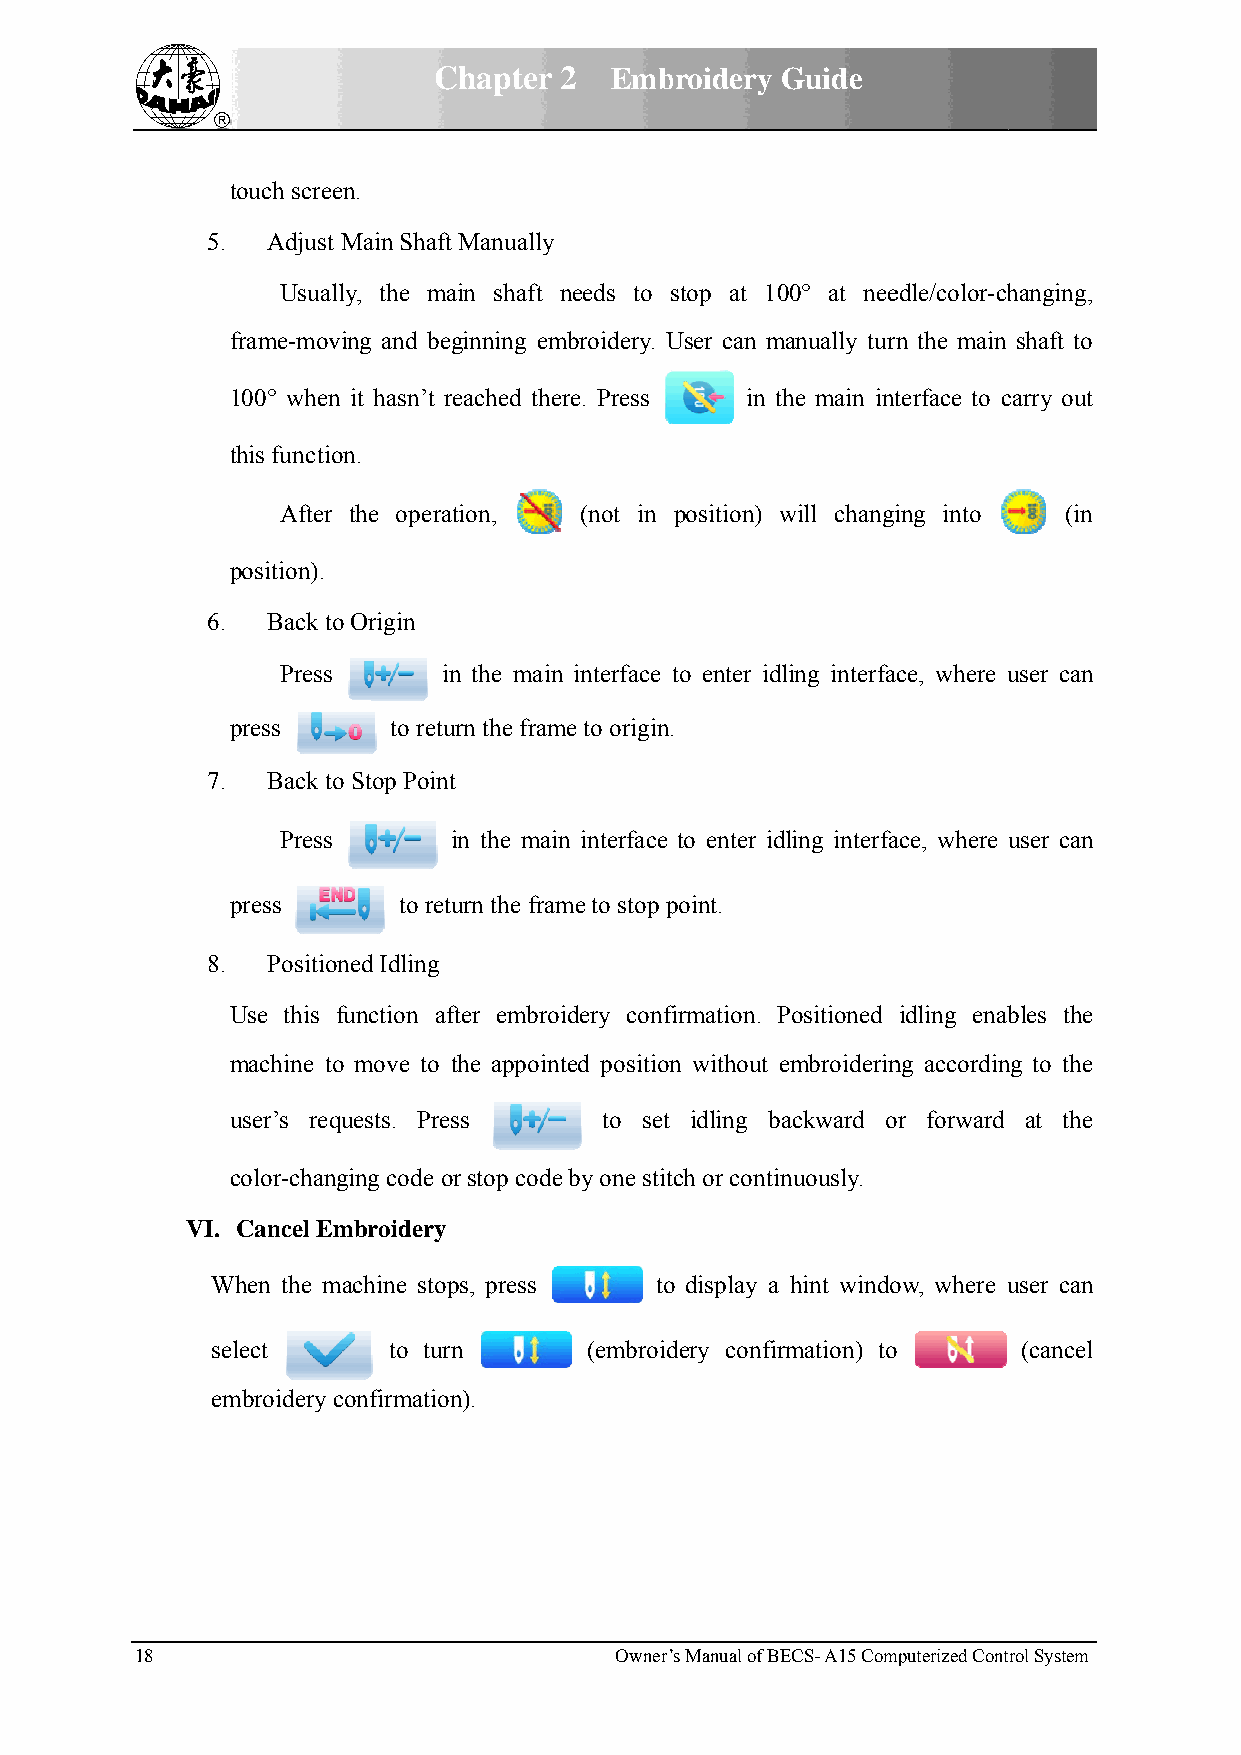
CChapter 2 Embbroidery GGuide
 touch screeen.
 5.  Adjust Main Shaftt Manually
 Usuallly, the maain shaft nneeds to sstop at 1000° at neeedle/color-chhanging,
 frame-movving and beeginning emmbroidery. UUser can mmanually turnn the main shaft to
 100° whenn it hasn’t rreached theere. Press in thhe main intterface to ccarry out
 this functioon.
 After the operaation, (not in position) wwill changiing into (in
 position).
 6.  Back too Origin
 Press     iin the mainn interface tto enter idlling interface, where uuser can
 press      to retuurn the framme to origin..
 7.  Back too Stop Poinnt
 Press      in the mainn interface to enter iddling interfaace, where uuser can
 press      to retturn the framme to stop ppoint.
 8.  Positiooned Idling
 Use this function affter embroiidery conffiirmation. PPositioned idling enabbles the
 machine too move to the appointted positionn without eembroiderinng accordinng to the
 user’s reqquests. Preess to set idling baackward oor forward at the
 color-channging code oor stop codee by one stittch or continnuously.
 VI. Cancel Emmbroidery
 WWhen the mmachine stopps, press too display a hint windoow, where uuser can
 seelect     to turrn     (embroiddery confirrmation) to (cancel
 emmbroidery cconfirmatioon).
 18                              Owner’s Manual of BEECS- A15 Commputerized Contrrol System